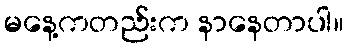
မနေ့ကတည်းက နာနေတာပါ။